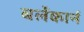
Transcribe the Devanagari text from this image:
बर्लेकार्न